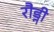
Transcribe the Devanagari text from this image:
रौड्नी